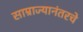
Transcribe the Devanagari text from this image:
साम्राज्यानंतरचे